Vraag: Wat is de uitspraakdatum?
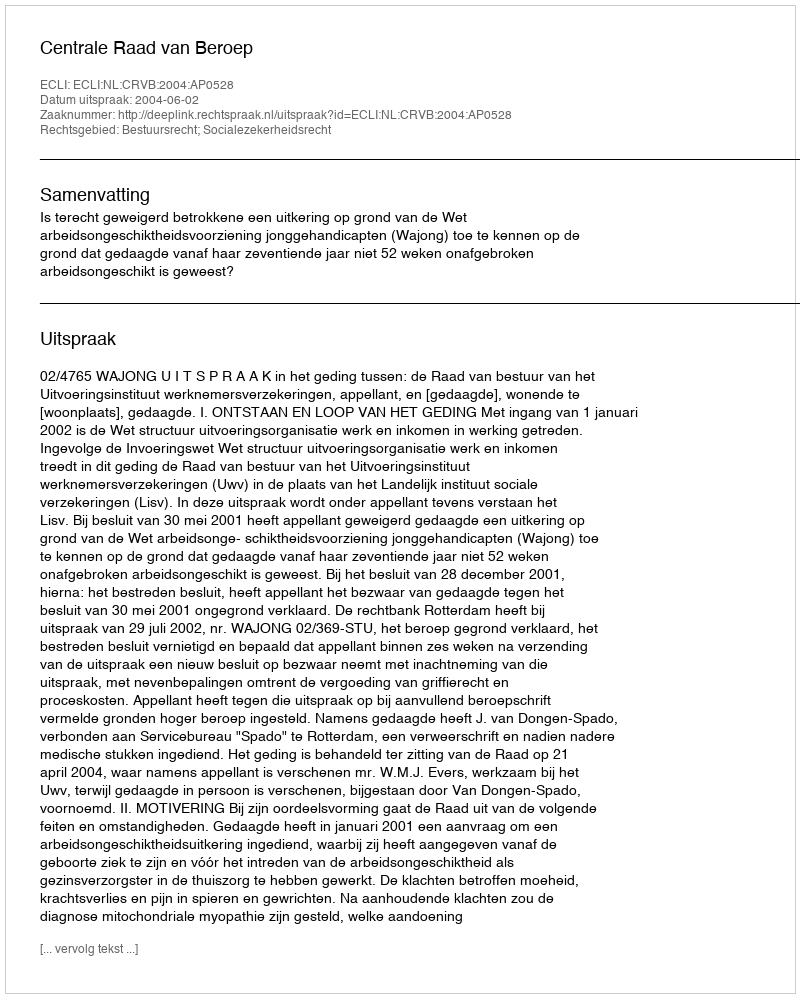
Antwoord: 2004-06-02